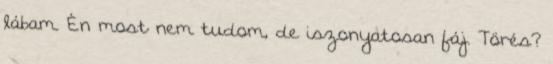
lábam. Én most nem tudom, de iszonyatosan fáj. Törés?